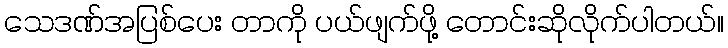
သေဒဏ်အပြစ်ပေး တာကို ပယ်ဖျက်ဖို့ တောင်းဆိုလိုက်ပါတယ်။